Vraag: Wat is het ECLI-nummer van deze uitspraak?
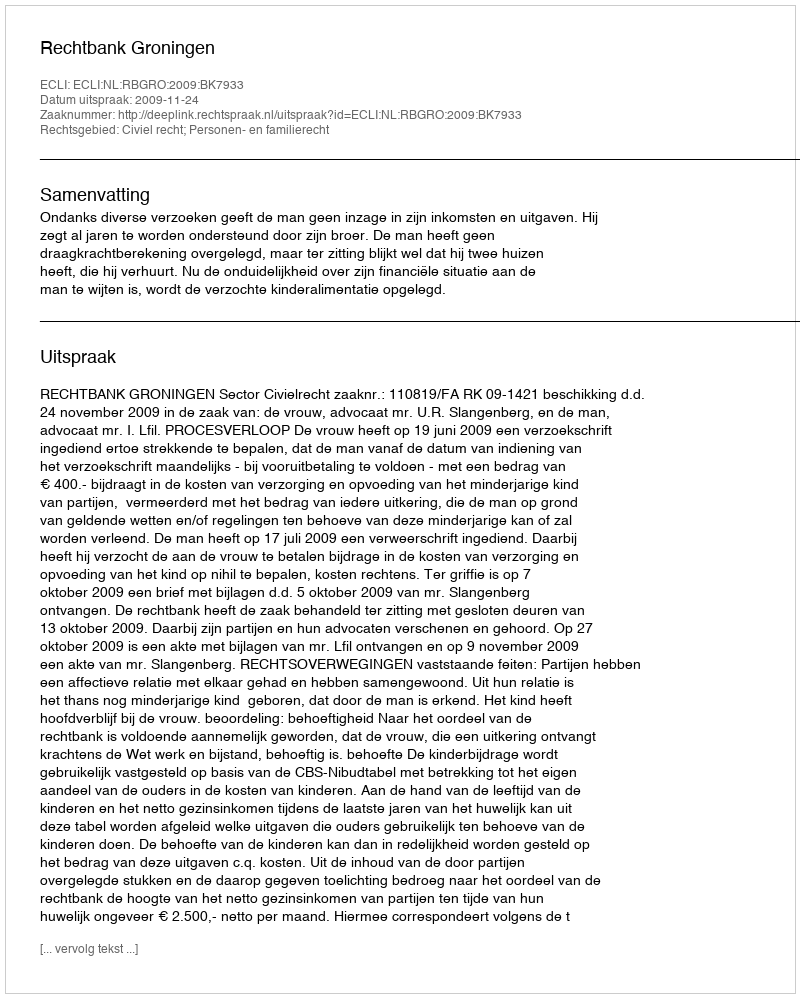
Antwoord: ECLI:NL:RBGRO:2009:BK7933